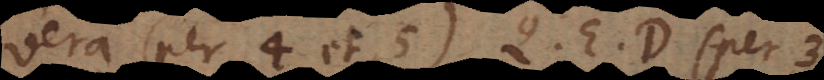
vera (per 4 et 5) Q. E. D. (per 3